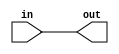
module coreir_andr #(
    parameter width = 1
) (
    input [width-1:0] in,
    output out
);
  assign out = &in;
endmodule

module And4x2 (
    input [1:0] I0,
    input [1:0] I1,
    input [1:0] I2,
    input [1:0] I3,
    output [1:0] O
);
wire andr_inst0_out;
wire andr_inst1_out;
wire [3:0] andr_inst0_in;
assign andr_inst0_in = {I3[0],I2[0],I1[0],I0[0]};
coreir_andr #(
    .width(4)
) andr_inst0 (
    .in(andr_inst0_in),
    .out(andr_inst0_out)
);
wire [3:0] andr_inst1_in;
assign andr_inst1_in = {I3[1],I2[1],I1[1],I0[1]};
coreir_andr #(
    .width(4)
) andr_inst1 (
    .in(andr_inst1_in),
    .out(andr_inst1_out)
);
assign O = {andr_inst1_out,andr_inst0_out};
endmodule